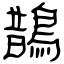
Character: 鵲